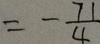
= - \frac { 7 1 } { 4 }